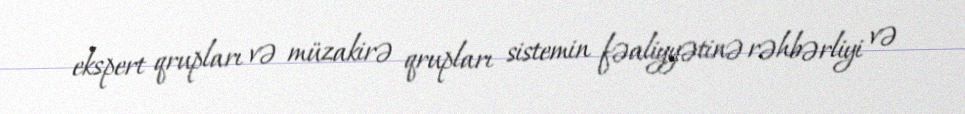
ekspert qrupları və müzakirə qrupları sistemin fəaliyyətinə rəhbərliyi və